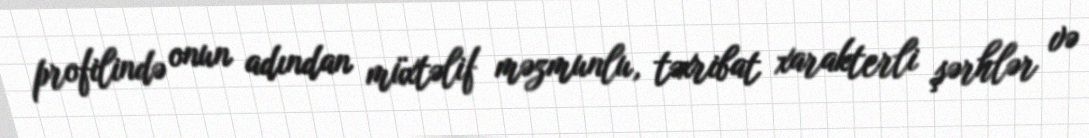
profilində onun adından müxtəlif məzmunlu, təxribat xarakterli şərhlər və